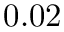
0 . 0 2